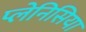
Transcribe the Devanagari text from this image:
प्लेनिसिया